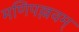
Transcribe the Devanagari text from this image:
मणिपल्लवम्